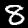
Digit: 8